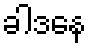
ခါဒနေ